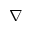
\nabla